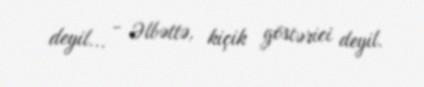
deyil... - Əlbəttə, kiçik göstərici deyil.